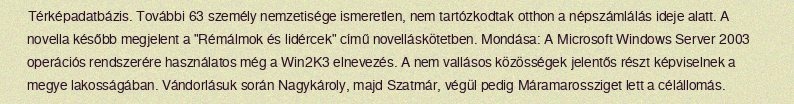
Térképadatbázis. További 63 személy nemzetisége ismeretlen, nem tartózkodtak otthon a népszámlálás ideje alatt. A novella később megjelent a "Rémálmok és lidércek" című novelláskötetben. Mondása: A Microsoft Windows Server 2003 operációs rendszerére használatos még a Win2K3 elnevezés. A nem vallásos közösségek jelentős részt képviselnek a megye lakosságában. Vándorlásuk során Nagykároly, majd Szatmár, végül pedig Máramarossziget lett a célállomás.